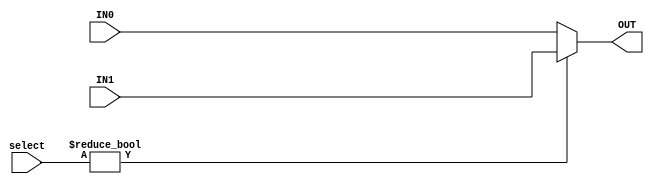
module MUX #(
    parameter DATA_WIDTH = 1
)
(
    input [DATA_WIDTH - 1:0] IN0,
    input [DATA_WIDTH - 1:0] IN1,
    input [ $clog2(DATA_WIDTH) - 1 : 0 ] select, // Logarithm of DATA_WIDTH

    output [DATA_WIDTH - 1:0] OUT
);
    assign OUT = select ? IN1 : IN0;

endmodule